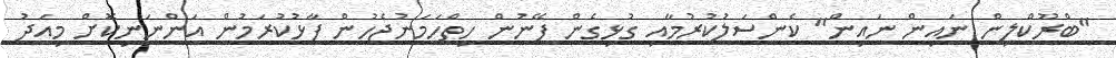
"ބްރޫކްލިން ނައިން ނައިން" ކެންސަލުކުރުމާއި ގުޅިގެން ފޭނުން ހިތްހަމަނުޖެހުން ފާޅުކުރަމުން އަންނަނިކޮށް މިއަދު